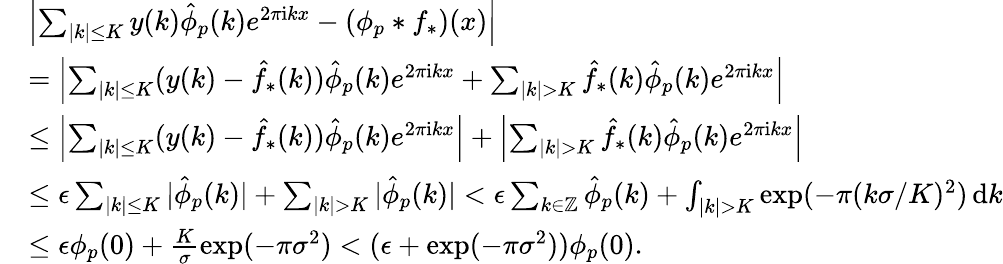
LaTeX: \begin{array}{rl}&{\left|\sum_{|k|\le K}y(k)\hat{\phi}_{p}(k)e^{2\pi\mathrm{i}kx}-(\phi_{p}*f_{*})(x)\right|}\\ &{=\left|\sum_{|k|\le K}(y(k)-\hat{f_{*}}(k))\hat{\phi}_{p}(k)e^{2\pi\mathrm{i}kx}+\sum_{|k|>K}\hat{f}_{*}(k)\hat{\phi}_{p}(k)e^{2\pi\mathrm{i}kx}\right|}\\ &{\le\left|\sum_{|k|\le K}(y(k)-\hat{f_{*}}(k))\hat{\phi}_{p}(k)e^{2\pi\mathrm{i}kx}\right|+\left|\sum_{|k|>K}\hat{f}_{*}(k)\hat{\phi}_{p}(k)e^{2\pi\mathrm{i}kx}\right|}\\ &{\le\epsilon\sum_{|k|\le K}|\hat{\phi}_{p}(k)|+\sum_{|k|>K}|\hat{\phi}_{p}(k)|<\epsilon\sum_{k\in\mathbb{Z}}\hat{\phi}_{p}(k)+\int_{|k|>K}\exp(-\pi(k\sigma/K)^{2})\, \mathrm{d}k}\\ &{\le\epsilon\phi_{p}(0)+\frac{K}{\sigma}\exp(-\pi\sigma^{2})<(\epsilon+\exp(-\pi\sigma^{2}))\phi_{p}(0).}\end{array}